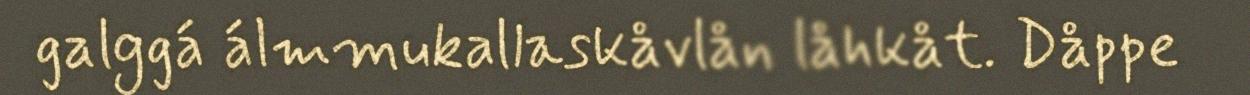
galggá álmmukallaskåvlån låhkåt. Dåppe